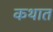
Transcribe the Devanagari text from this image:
कथात